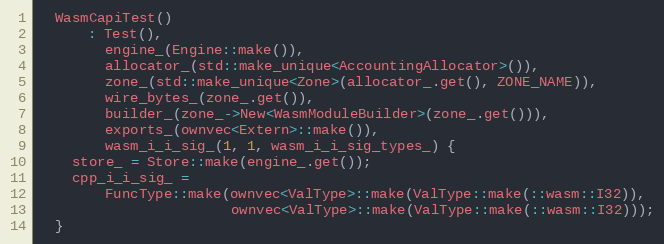
Language: C
  WasmCapiTest()
      : Test(),
        engine_(Engine::make()),
        allocator_(std::make_unique<AccountingAllocator>()),
        zone_(std::make_unique<Zone>(allocator_.get(), ZONE_NAME)),
        wire_bytes_(zone_.get()),
        builder_(zone_->New<WasmModuleBuilder>(zone_.get())),
        exports_(ownvec<Extern>::make()),
        wasm_i_i_sig_(1, 1, wasm_i_i_sig_types_) {
    store_ = Store::make(engine_.get());
    cpp_i_i_sig_ =
        FuncType::make(ownvec<ValType>::make(ValType::make(::wasm::I32)),
                       ownvec<ValType>::make(ValType::make(::wasm::I32)));
  }